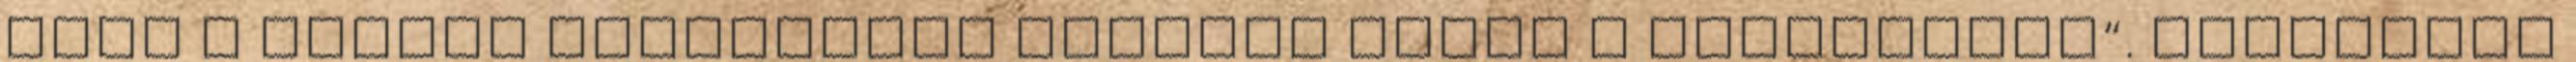
hogy a magyar férfiakból „nagyon rossz a felhozatal“. Valamikor